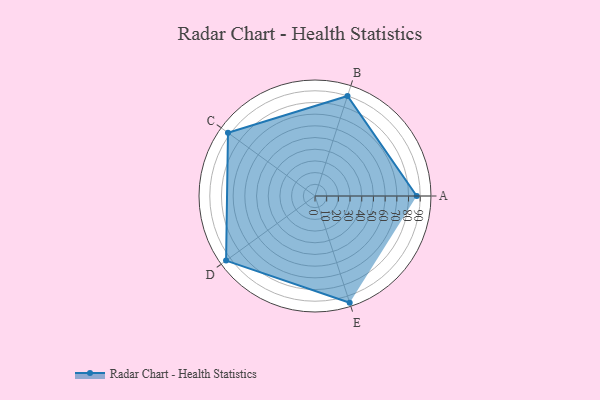
{"axis": {"x": "Skill", "y": "Score"}, "legend": ["Profile"], "data": [{"x": "A", "y": 87.0, "type": "Profile"}, {"x": "B", "y": 90.0, "type": "Profile"}, {"x": "C", "y": 92.0, "type": "Profile"}, {"x": "D", "y": 94.0, "type": "Profile"}, {"x": "E", "y": 96.0, "type": "Profile"}]}